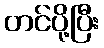
တင်ပို့ပြီး